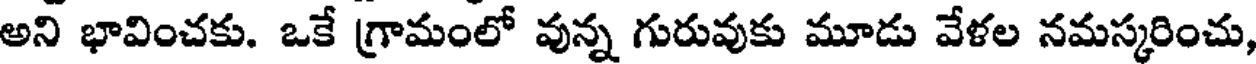
అని భావించకు. ఒకే గ్రామంలో వున్న గురువుకు మూడు వేళల నమస్కరించు,